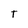
Character: T